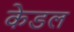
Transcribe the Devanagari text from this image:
केडल